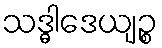
သဒ္ဓါဒေယျဉ္စ